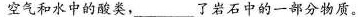
空气和水中的酸类，___了岩石中的一部分物质。